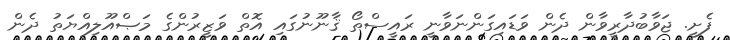
ފެށީ. ޖަވާބުދާރީވާން ދެން ވަޑައިގަންނަވާނީ ރައީސްތޯ ޤާނޫނުގައި އޮތް ވަޒީރުންގެ މަޞްއޫލިއްޔަތު ދެން